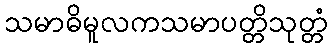
သမာဓိမူလကသမာပတ္တိသုတ္တံ